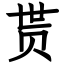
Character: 贳